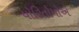
યોરિતોમોએ